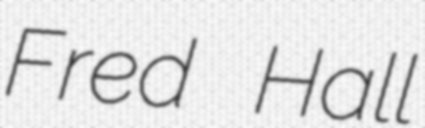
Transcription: Fred Hall